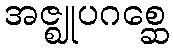
အဇ္ဈုပဂစ္ဆေ